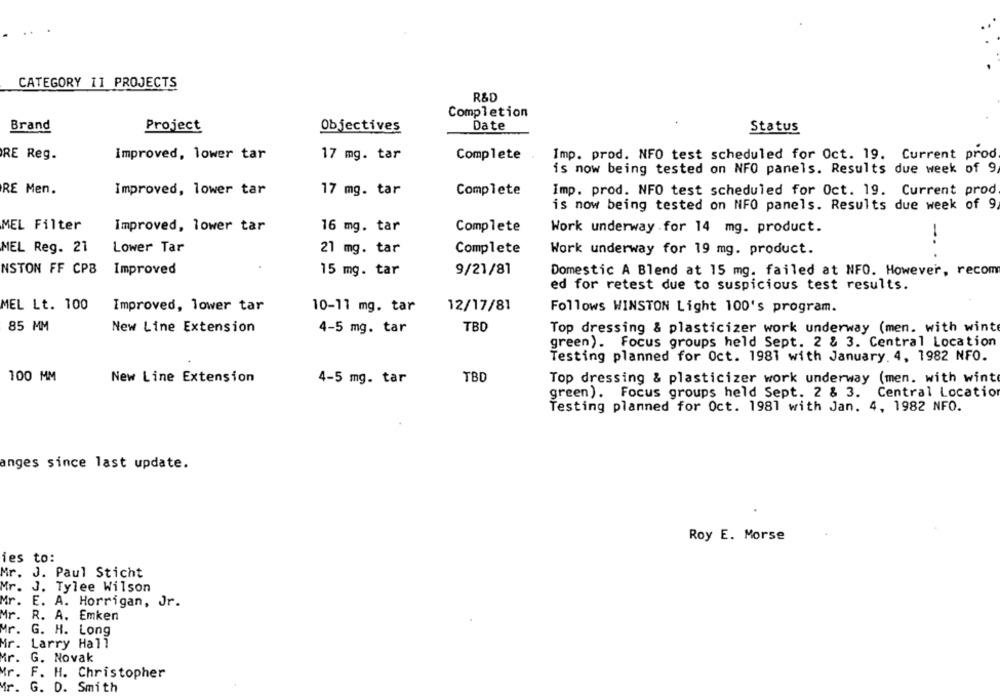
CATEGORY 11 PROJECTS
R&D
Completion
Brand
Date
Project
Objectives
Status
RE Reg.
Improved, lower tar
17 mg. tar
Complete
Imp. prod. NFO test scheduled for Oct. 19. Current prod
is now being tested on NFO panels. Results due week of 9
RE Men.
Improved, lower tar
17 mg. tar
Complete
Imp. prod. NFO test scheduled for Oct. 19. Current prod
is now being tested on NFO panels. Results due week of 9,
MEL Filter
Improved, lower tar
16 mg. tar
Complete
Work underway .for 14 mg. product.
-..
MEL Reg. 21
Lower Tar
21 mg. tar
Complete
Work underway for 19 mg. product.
NSTON FF CPB
Improved
15 mg. tar
9/21/81
Domestic A Blend at 15 mg. failed at NFO. However, recom
ed for retest due to suspicious test results.
MEL Lt. 100
Improved, lower tar
12/17/81
10-11 mg. tar
Follows WINSTON Light 100's program.
85 MM
New Line Extension
TBD
4-5 mg. tar
Top dressing & plasticizer work underway (men. with wint
green). Focus groups held Sept. 2 & 3. Central Location
Testing planned for Oct. 1981 with January. 4, 1982 NFO.
100 MM
New Line Extension
4-5 mg. tar
TBD
Top dressing & plasticizer work underway (men. with wint
green). Focus groups held Sept. 2 & 3. Central Location
Testing planned for Oct. 1981 with Jan. 4, 1982 NFO.
anges since last update.
Roy E. Morse
ies to:
Mr. J. Paul Sticht
Mr.
J. Tylee Wilson
Mr. E. A. Horrigan, Jr.
Mr.
R. A.
Emken
Mr.
G. H. Long
Mr. Larry Hall
Mr.
G. Novak
Mr.
F. H. Christopher
Mr.
G. D. Smith